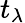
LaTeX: t_{\lambda}